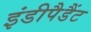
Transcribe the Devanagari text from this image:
इंडीपैडैंट